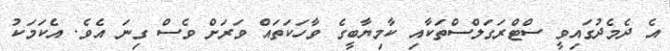
އެ ދެމެދުގައިވީ ސްޓްރަގަލްސްތަކާއި ކާމިޔާބީގެ ވާހަކަތައް ވަރަށް ވެސް ގިނަ އެވެ. އެކަމަކު